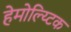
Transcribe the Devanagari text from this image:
हेमोल्य्टिक